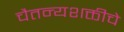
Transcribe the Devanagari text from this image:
चैतन्यशक्तीचे